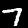
Digit: 7